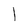
Character: l